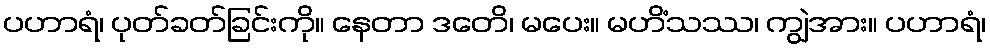
ပဟာရံ၊ ပုတ်ခတ်ခြင်းကို။ နေတာ ဒတေိ၊ မပေး။ မဟိံသဿ၊ ကျွဲအား။ ပဟာရံ၊